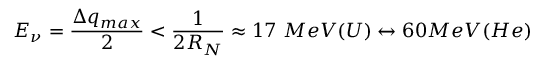
E _ { \nu } = \frac { \Delta q _ { m a x } } { 2 } < \frac { 1 } { 2 R _ { N } } \approx 1 7 ~ M e V ( U ) \leftrightarrow 6 0 M e V ( H e )